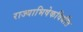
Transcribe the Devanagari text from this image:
राज्याभिषेकविधींत